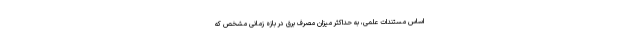
اساس مستندات علمی، به حداکثر میزان مصرف برق در بازه زمانی مشخص که